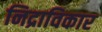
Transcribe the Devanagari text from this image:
निद्राविकार